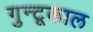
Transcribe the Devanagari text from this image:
गुन्टूकाल